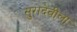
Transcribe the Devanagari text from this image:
सुरादेवीला